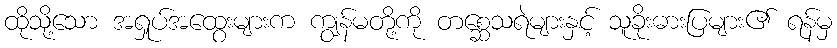
ထိုသို့သော အရှုပ်အထွေးများက ကျွန်မတို့ကို တစ္ဆေသရဲများနှင့် သူခိုးဓားပြများ၏ ရန်မှ